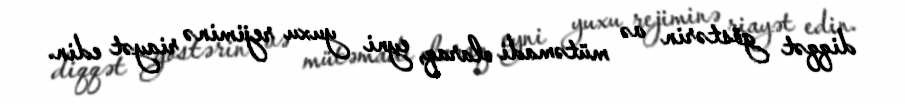
diqqət göstərin və mütəmadi olaraq, eyni yuxu rejiminə riayət edin.